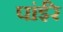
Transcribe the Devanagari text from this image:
पांईंरे